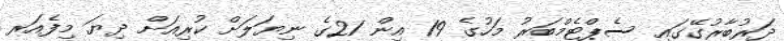
ދަރުބާރުގޭގައި ސެޕްޓެމްބަރު މަހުގެ 19 އިން 21ގެ ނިޔަލަށް ކުރިއަށް ދިޔަ މިފެއަރ